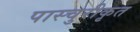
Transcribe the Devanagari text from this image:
पास्चुरीकृत